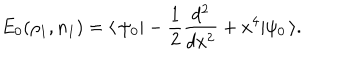
E _ { 0 } ( \rho _ { 1 } , n _ { 1 } ) = \langle \, \psi _ { 0 } | - \frac { 1 } { 2 } \frac { d ^ { 2 } } { d x ^ { 2 } } + x ^ { 4 } | \psi _ { 0 } \, \rangle .